Civil Veterinary Dept. Bombay admin report 1900-1906 - 1900-1906
Year: 1900
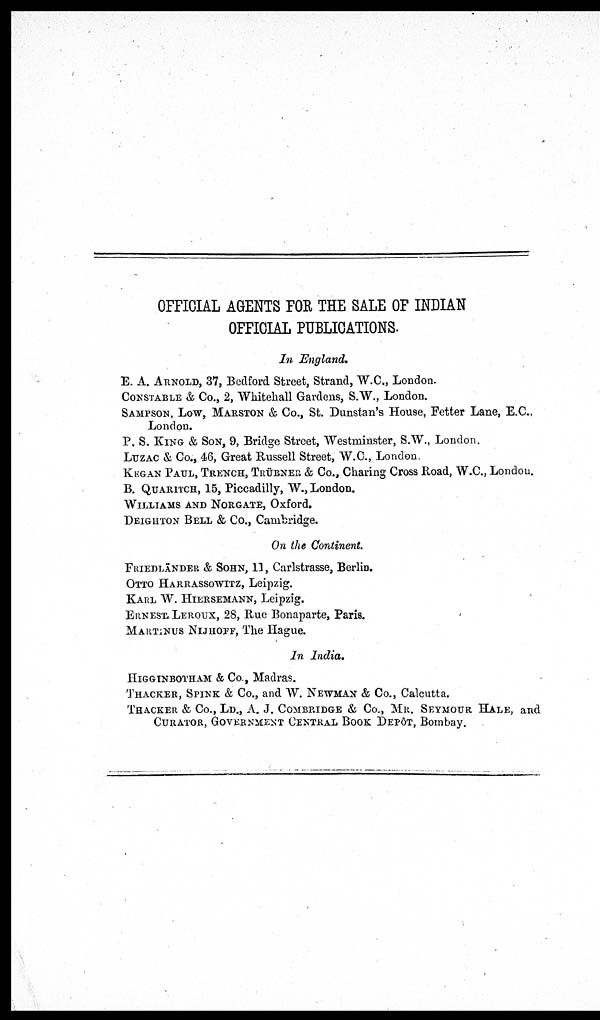
OFFICIAL AGENTS FOR THE SALE OF INDIAN
OFFICIAL PUBLICATIONS.
In England.
E. A. ARNOLD, 37, Bedford Street, Strand, W.C., London.
CONSTABLE & Co., 2, Whitehall Gardens, S.W., London.
SAMPSON, LOW, MARSTON & Co., St. Dunstan's House, Fetter Lane, E.C.,
London.
P. S. KING & SON, 9, Bridge Street, Westminster, S.W., London.
LUZAC & Co., 46, Great Russell Street, W.C., London.
KEGAN PAUL, TRENCH, TRÜBNER & Co., Charing Cross Road, W.C., London.
B. QUARITCH, 15, Piccadilly, W., London.
WILLIAMS AND NORGATE, Oxford.
DEIGHTON BELL & Co., Cambridge.
On the Continent.
FRIEDLÄNDER & SOHN, 11, Carlstrasse, Berlin.
OTTO HARRASSOWITZ, Leipzig.
KARL W. HIERSEMANN, Leipzig.
ERNEST LEROUX, 28, Rue Bonaparte, Paris.
MARTINUS NIJHOFF, The Hague.
In India.
HIGGINBOTHAM & Co., Madras.
THACKER, SPINK & Co., and W. NEWMAN & Co., Calcutta.
THACKER & Co., LD., A. J. COMBRIDGE & Co., MR. SEYMOUR HALE, and
CURATOR, GOVERNMENT CENTRAL BOOK DEPÔT, Bombay.